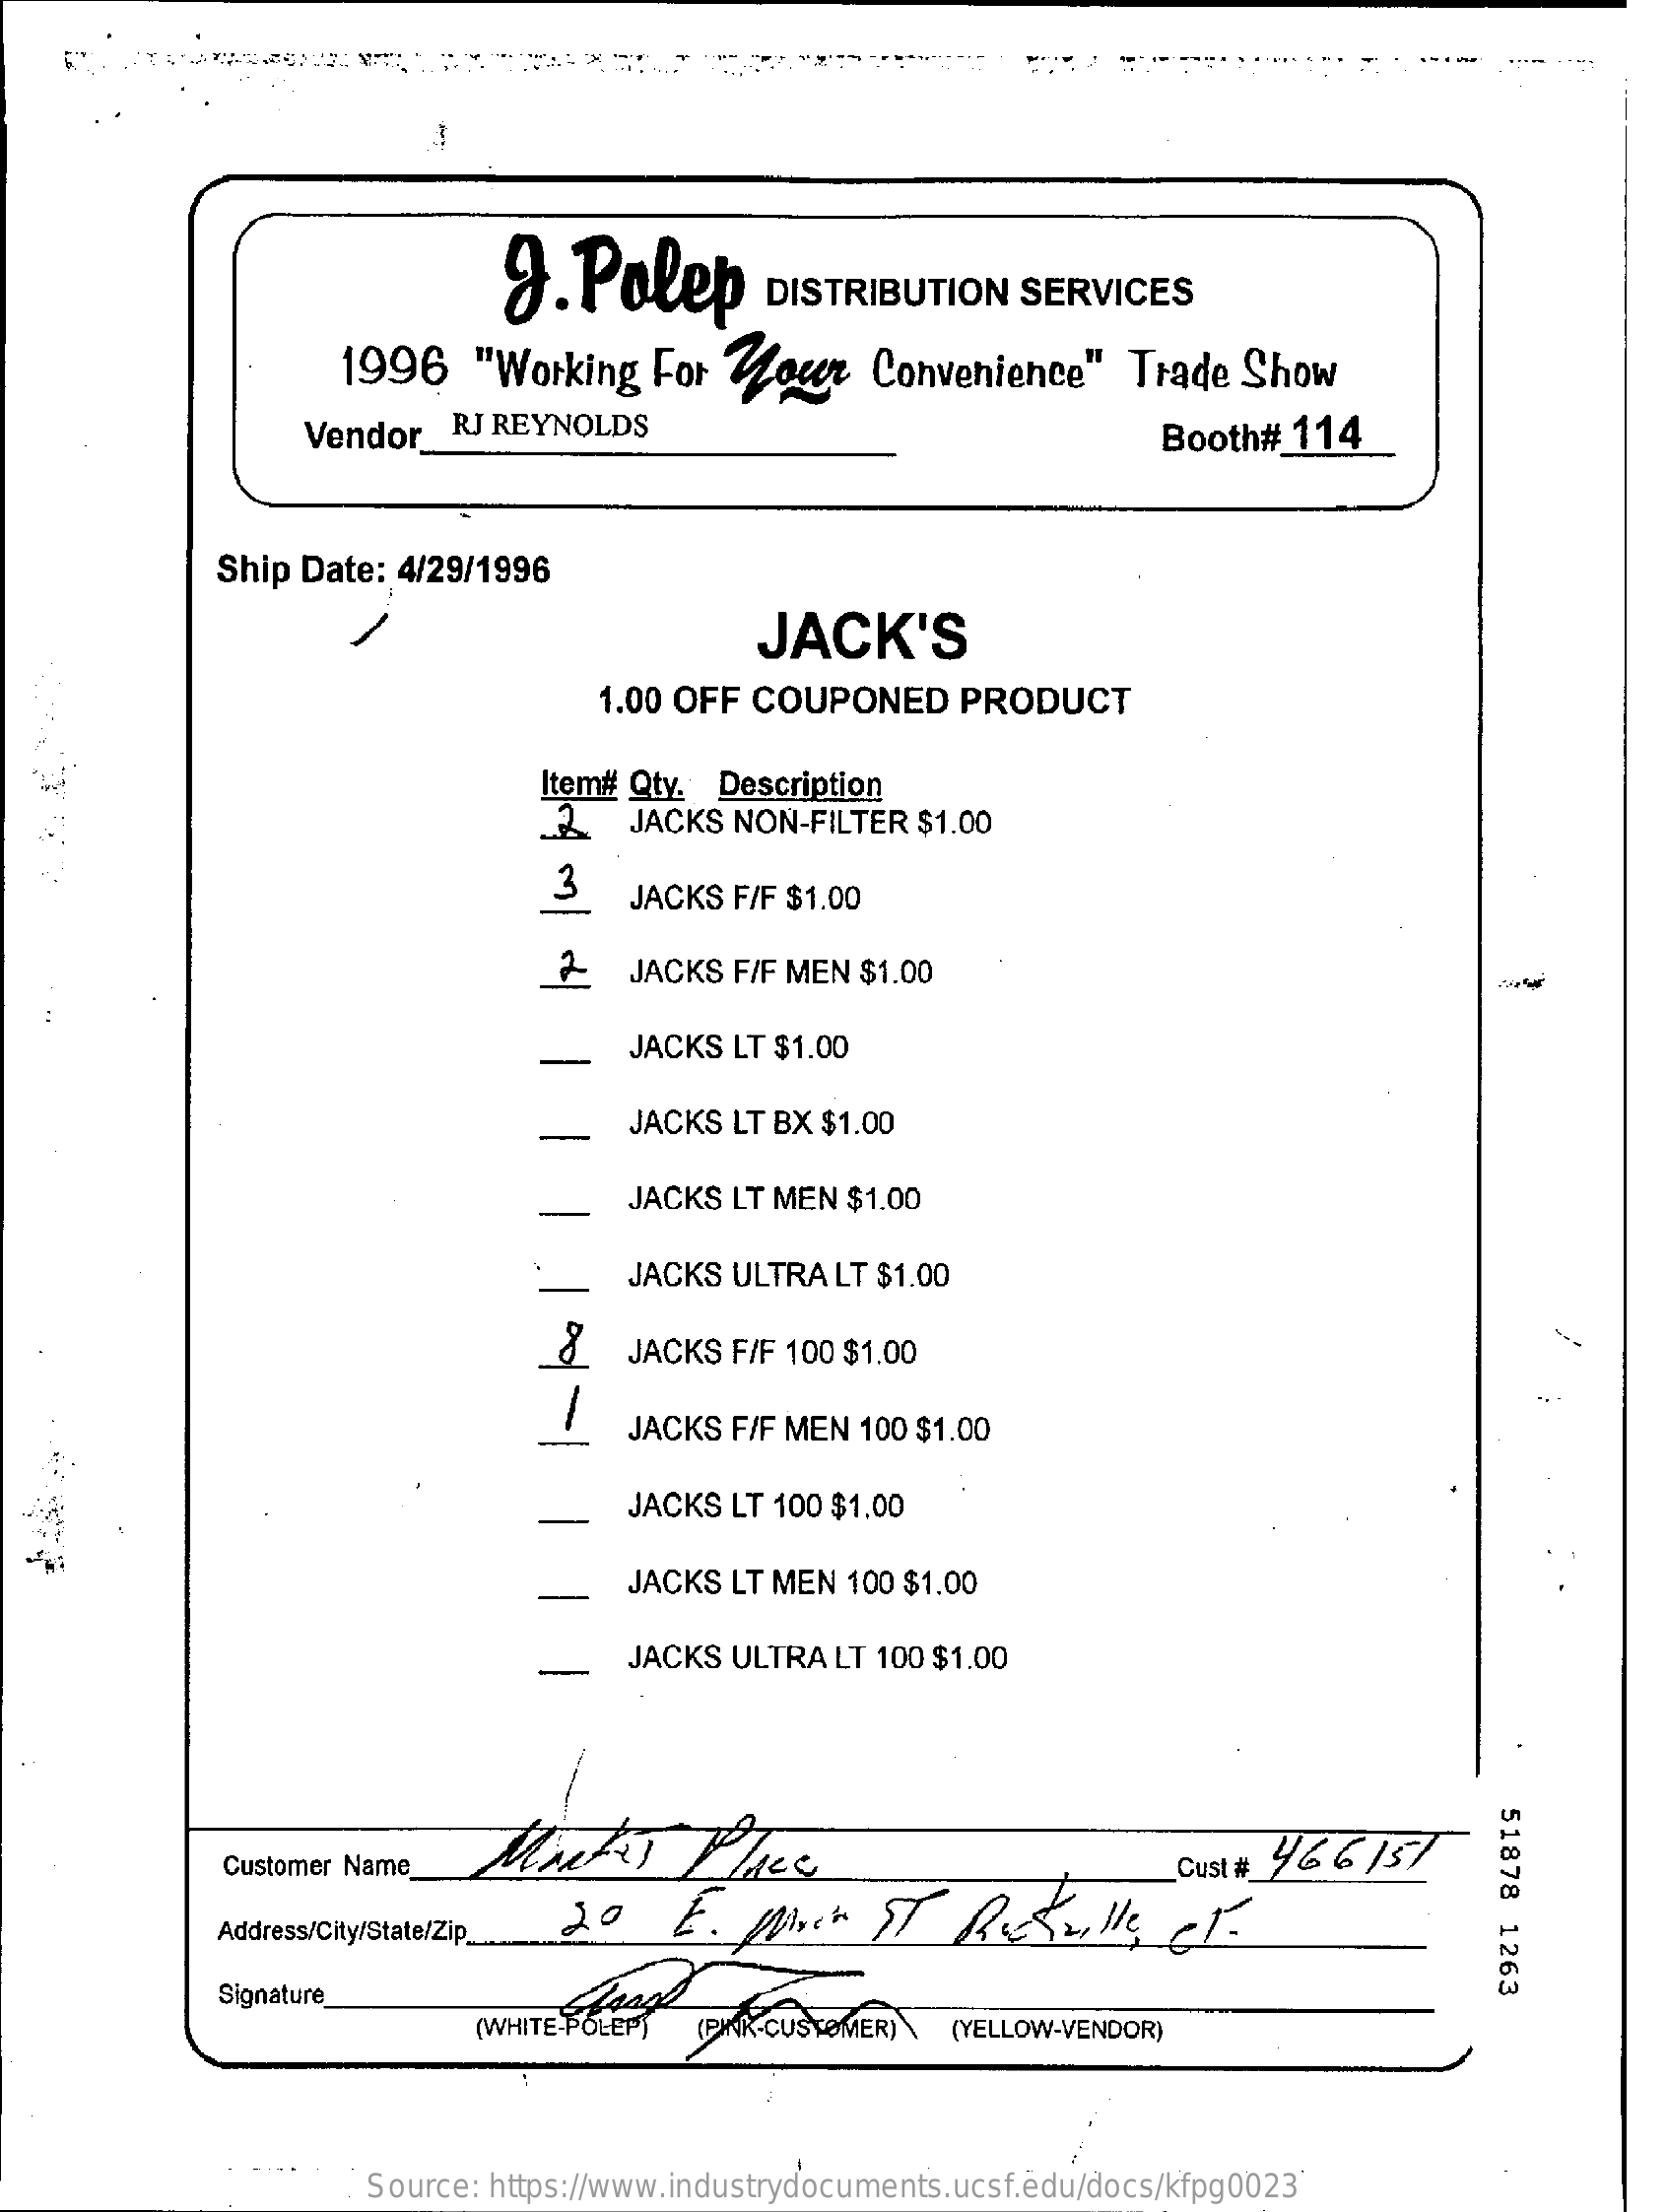
3.  Polep    DISTRIBUTION    SERVICES
     1996    "Working   For  Your    Convenience"    Trade  Show
     Vendor   RJ REYNOLDS    Booth#  114
     Ship Date: 4/29/1996
     JACK'S
     1.00 OFF  COUPONED    PRODUCT
     Item# Qty.  Description
     2   JACKS  NON-FILTER $1.00
     3
     JACKS  F/F $1.00
     JACKS F/F MEN  $1.00
     JACKS LT $1.00
     -    JACKS LT BX $1.00
     JACKS LT MEN  $1.00
     JACKS ULTRA  LT $1.00
     JACKS F/F 100 $1.00
     JACKS F/F MEN  100 $1.00
     JACKS LT 100 $1,00
     JACKS LT MEN  100 $1.00
     JACKS ULTRA  LT 100 $1.00
     51878
     1263
     Customer Name    Cust # 46 6157
     Address/City/State/Zip __
     Signature
     (WHITE-POLEP) (PINK- CUSTOMER) (YELLOW-VENDOR)
     Source: https://www.industrydocuments.ucsf.edu/docs/kfpg0023